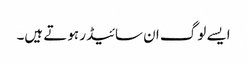
ایسے لوگ ان سائیڈر ہوتے ہیں۔